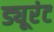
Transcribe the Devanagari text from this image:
ड्यूरंट